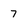
Character: 7